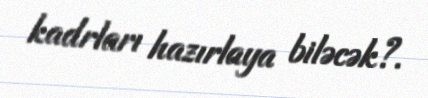
kadrları hazırlaya biləcək?.